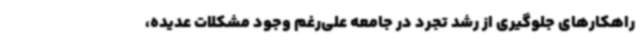
راهکارهای جلوگیری از رشد تجرد در جامعه علی‌رغم وجود مشکلات عدیده،